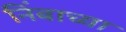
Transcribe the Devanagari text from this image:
निंबाच्या